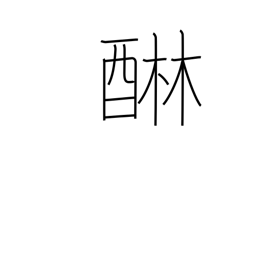
Meaning: remove astringency